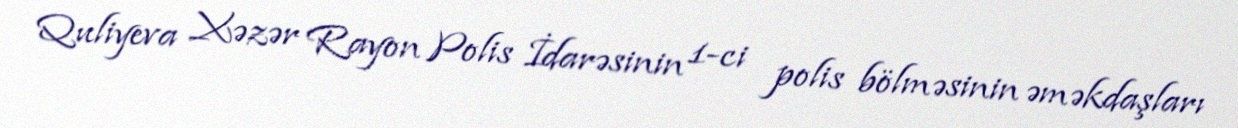
Quliyeva Xəzər Rayon Polis İdarəsinin 1-ci polis bölməsinin əməkdaşları